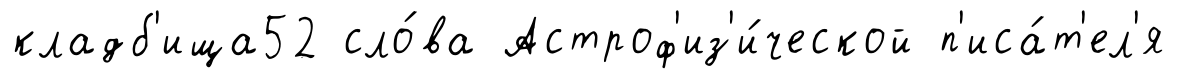
кладб'ища52 сло́ва Астроф'из'и́ческой п'иса́т'ел'я